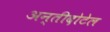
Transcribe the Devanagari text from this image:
अन्तीदोटेल